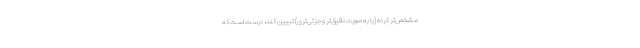
مشخص‌تر کرده (یا به صورت دقیق‌تر و جزئی‌تری) تبیین کند، درست است که